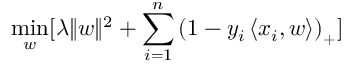
\operatorname* { m i n } _ { w } [ \lambda \| w \| ^ { 2 } + \sum _ { i = 1 } ^ { n } \left( 1 - y _ { i } \left\langle x _ { i } , w \right\rangle \right) _ { + } ]